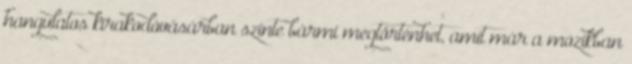
hangulatos kirakodóvásárban szinte bármi megtörténhet, amit már a mozikban